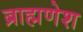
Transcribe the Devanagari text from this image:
ब्राह्मणेश